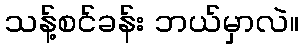
သန့်စင်ခန်း ဘယ်မှာလဲ။